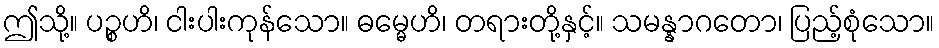
ဤသို့။ ပဉ္စဟိ၊ ငါးပါးကုန်သော။ ဓမ္မေဟိ၊ တရားတို့နှင့်။ သမန္နာဂတော၊ ပြည့်စုံသော။